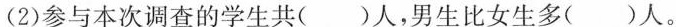
(2)参与本次调查的学生共( )人，男生比女生多( )人。